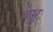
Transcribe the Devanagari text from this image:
वभ्रु